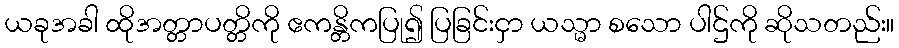
ယခုအခါ ထိုအတ္တာပတ္တိကို ဧကန္တိကပြု၍ ပြခြင်းငှာ ယသ္မာ စသော ပါဌ်ကို ဆိုသတည်း။